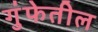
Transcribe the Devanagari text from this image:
गुंफेतील